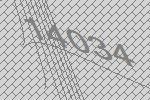
14034